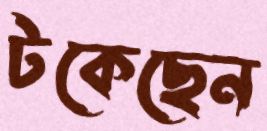
টকেছেন